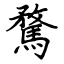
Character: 騖